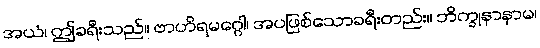
အယံ၊ ဤခရီးသည်။ ဗာဟိရမဂ္ဂေါ၊ အပဖြစ်သောခရီးတည်း။ ဘိက္ခုနာနာမ၊